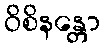
ဝိစိနန္တော